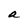
Character: a